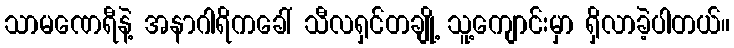
သာမဏေရီနဲ့ အနာဂါရိကခေါ် သီလရှင်တချို့ သူ့ကျောင်းမှာ ရှိလာခဲ့ပါတယ်။